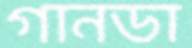
গানডা